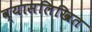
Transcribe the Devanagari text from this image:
व्यासलिखित